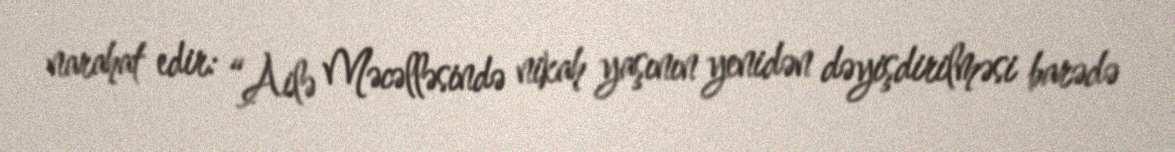
narahat edir: “Ailə Məcəlləsində nikah yaşının yenidən dəyişdirilməsi barədə